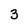
Character: 3